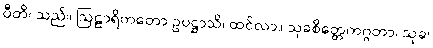
ပီတိ၊ သည်။ ဩဠာရိကတော ဥပဋ္ဌာသိ၊ ထင်လာ။ သုခစိတ္တေကဂ္ဂတာ၊ သုခ၊